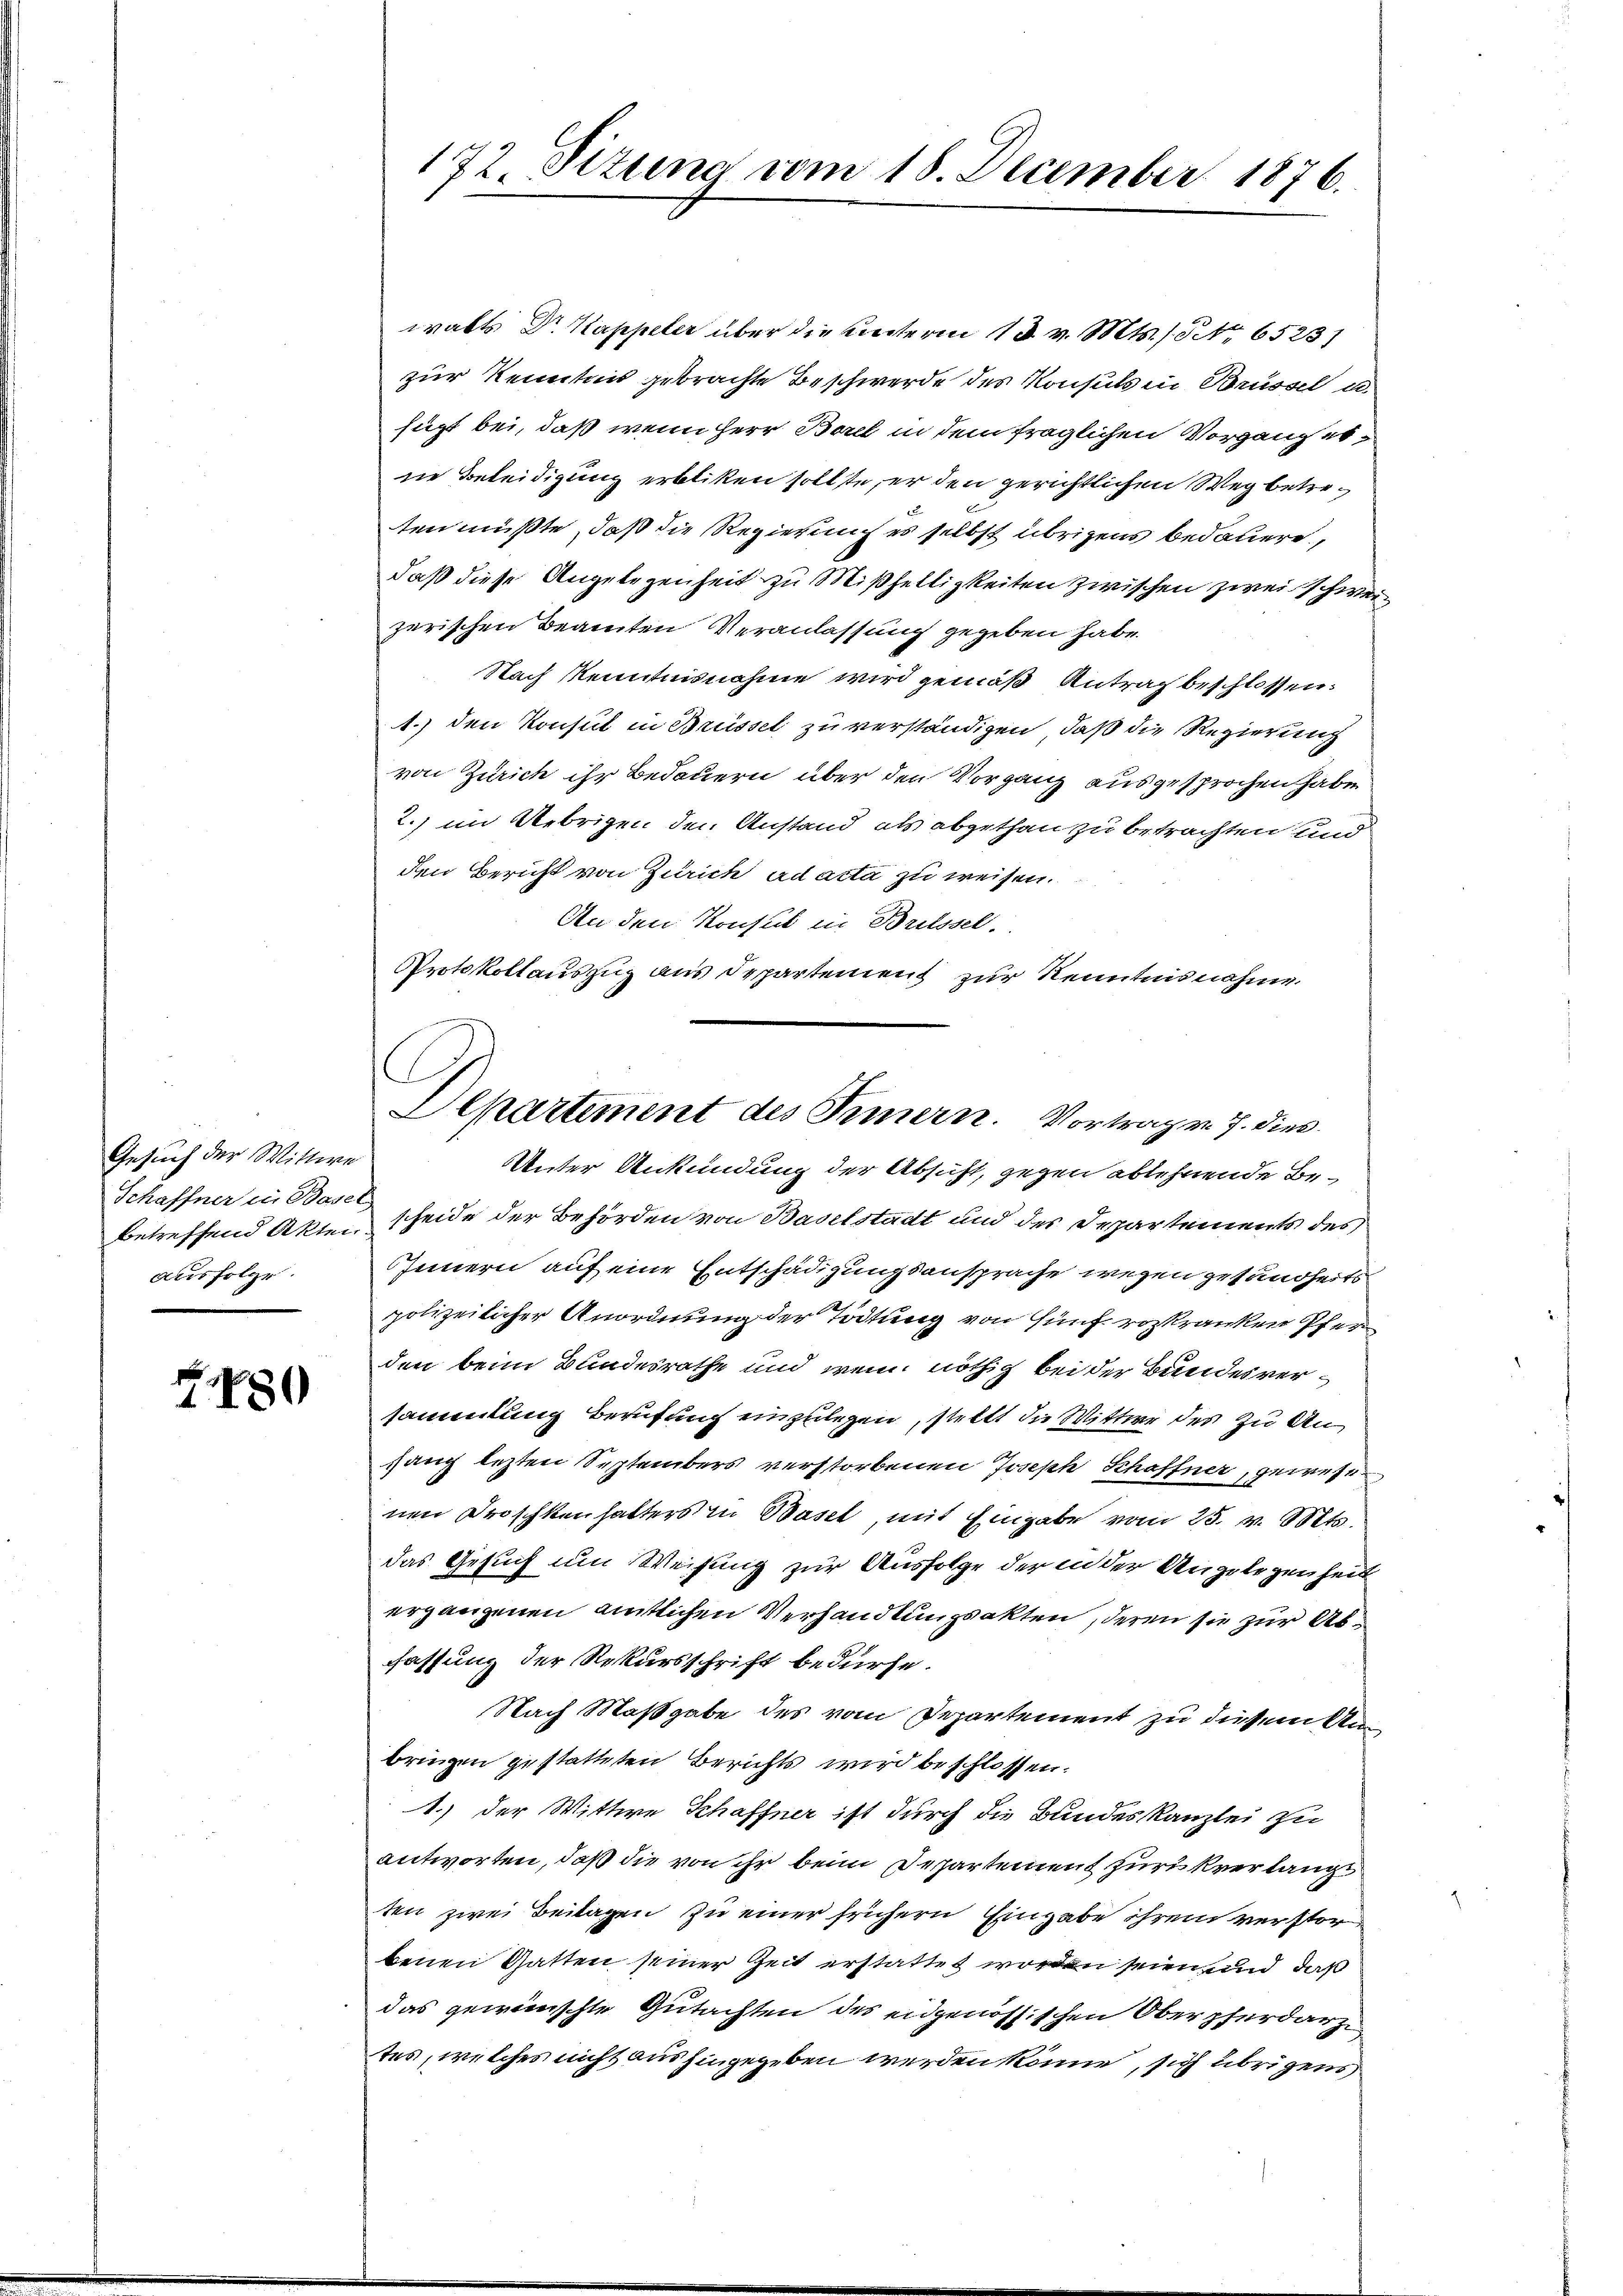
Gesuch der Wittwe
Schaffner in Basel,
ausfolge.

f
180

walts Dr. Kappeler über die unterm 18. v. Mts. No. 65231
zur Kenntnis gebrachte Beschwerde des Konsuls in Brüssel u.
fügt bei, daß wenn Herr Borel in dem fraglichen Vorgang erne Beleidigung erbliken sollte, er den gerichtlichen Weg betreten müßte, daß die Regierung es selbst übrigens bedauere,
daß diese Angelegenheit zu Mißhelligkeiten zwischen zwei schweizerischen Beamten Veranlassung gegeben habe.
Nach Kenntnisnahme wird gemäß Antrag beschlossen:
1.) den Konsul in Brüssel zu verständigen, daß die Regierung
von Zürich ihr Bedauern über den Vorgang ausgesprochen habe
2.) im Uebrigen den Anstand als abgethan zu betrachten und
den Bericht von Zürich ad acta zu weisen.
An den Konsul in Britssel.
Protokollauszug aus Departement zur Kenntnisnahme

172. Sizung vom 18. December 1876.

.
Departement des Innern. Vortrag v. 7. dies

Unter Ankündung der Absicht, gegen ablehnende Bebetreffend Akten scheide der Behörden von Baselstadt und des Departements des
Innern auf eine Entschädigungsansprache wegen gesundheits
polizeilicher Anordnung der Tödtung von fünf rozkranken Pferden beim Bundesrathe und wenn nöthig bei der Bundesversammlung berufung einzulegen, stellt die Wittwe des zu Unsang letzten Septembers verstorbenen Joseph Schaffner, gewesen
nen Droschkenhatters in Basel, mit Eingabe vom 25. v. Mts.
das Gesuch um Weisung zur Ausfolge der in der Angelegenheit
ergangenen amtlichen Verhandlungsakten, deren sie zur Abfassung der Rekursschrift bedürfe.
Nach Maßgabe des vom Departement zu diesem Anbringen gestatteten Berichts wird beschlossen.
1.) der Wittwe Schaffner ist durch die Bundeskanzlei zu
antworten, daß die von ihr beim Departement zurükverlange
ten zwei Beilagen zu einer frühern Eingabe ihrem verstor
benen Gatten seiner Zeit erstattet worden seien und daß
das gewünschte Gutachten des eidgenössischen Oberpferdarz
tes, welches nicht aushingegeben werden könne, sich übrigens